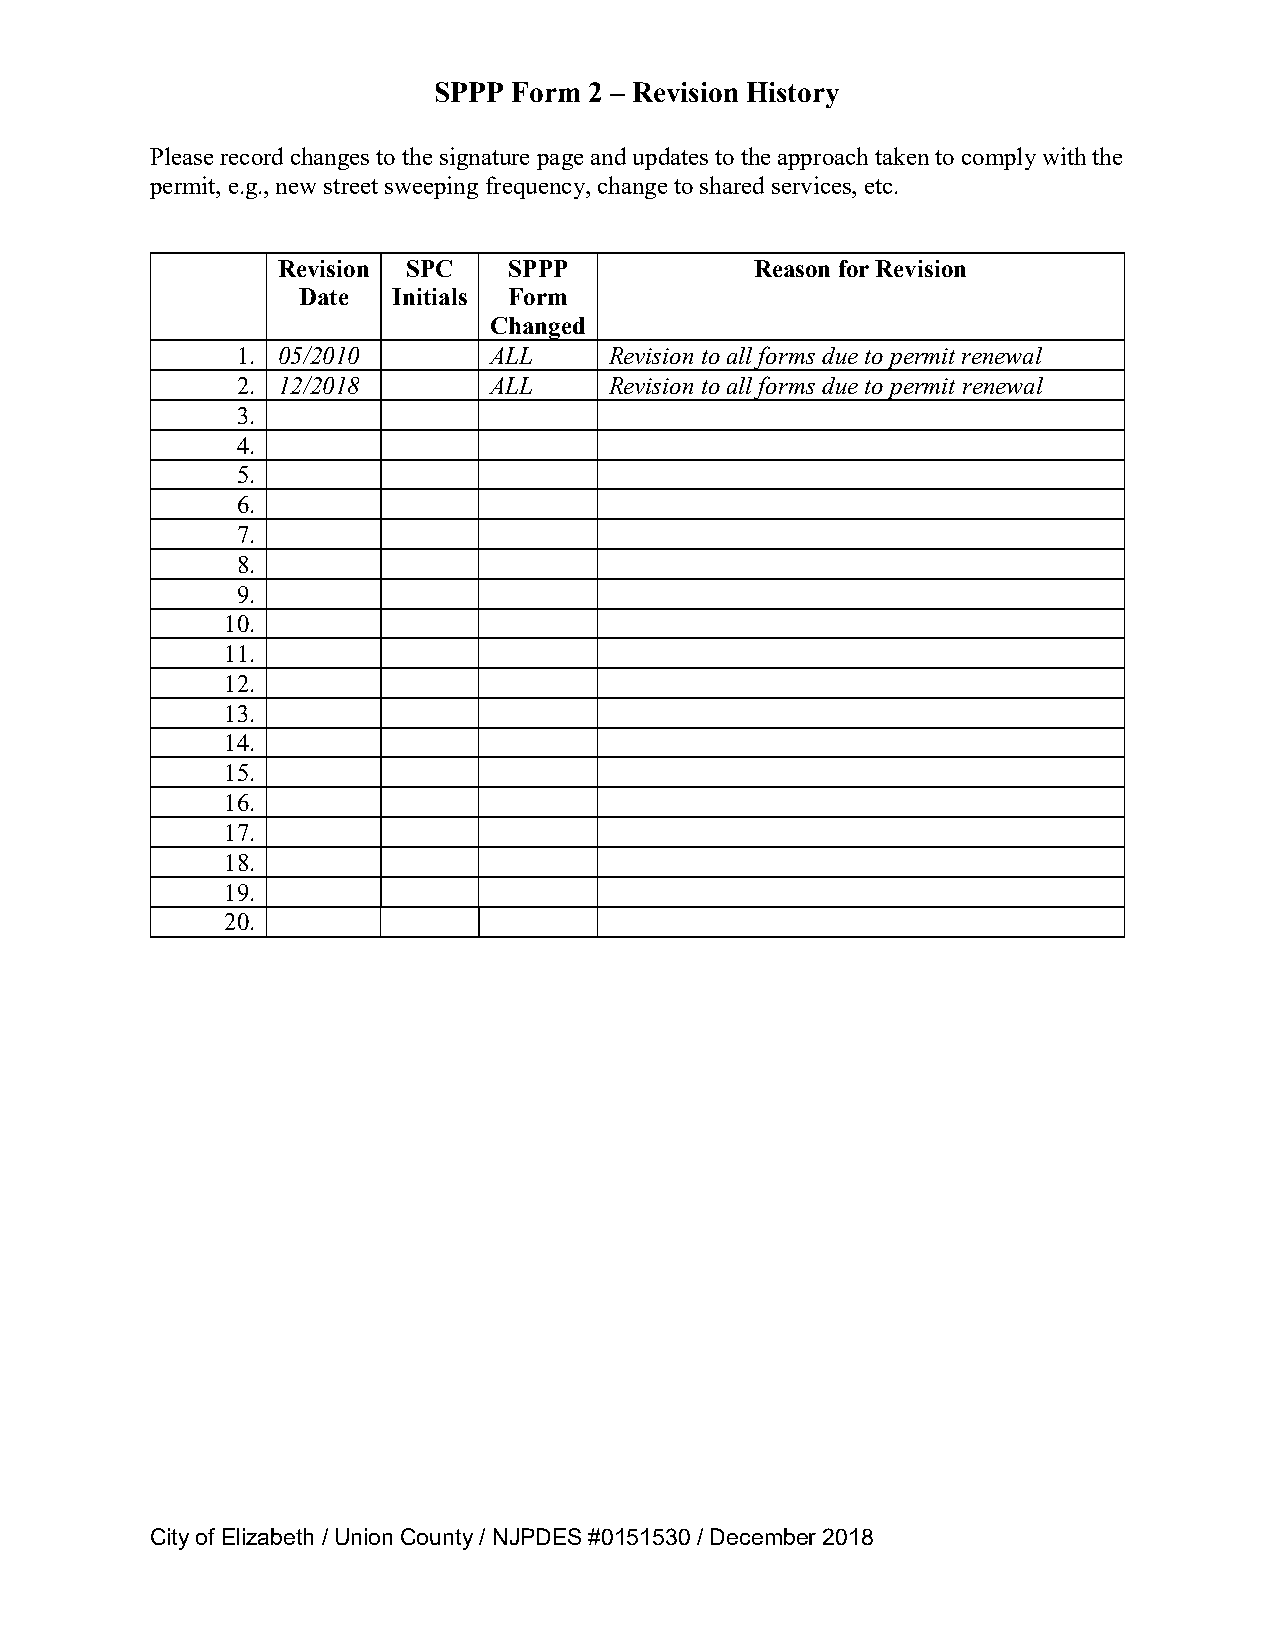
SPPP Form 2 – Revision History
 Please record changes to the signature page and updates to the approach taken to comply with the
 permit, e.g., new street sweeping frequency, change to shared services, etc.
 Revision SPC    SPPP            Reason for Revision
 Date  Initials Form
 Changed
 1. 05/2010      ALL     Revision to all forms due to permit renewal
 2. 12/2018      ALL     Revision to all forms due to permit renewal
 3.
 4.
 5.
 6.
 7.
 8.
 9.
 10.
 11.
 12.
 13.
 14.
 15.
 16.
 17.
 18.
 19.
 20.
 City of Elizabeth / Union County / NJPDES #0151530 / December 2018